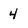
Character: 4